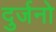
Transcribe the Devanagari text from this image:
दुर्जनो